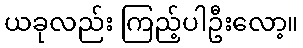
ယခုလည်း ကြည့်ပါဦးလော့။